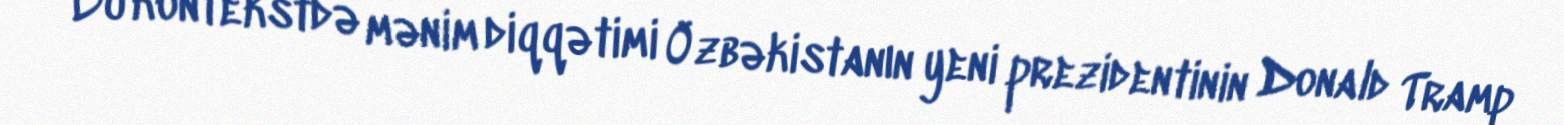
Bu kontekstdə mənim diqqətimi Özbəkistanın yeni prezidentinin Donald Tramp